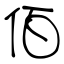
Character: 佰